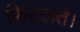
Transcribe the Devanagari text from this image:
फिसलते।